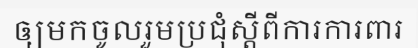
ឲ្យមកចូលរួមប្រជុំស្តីពីការការពារ